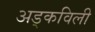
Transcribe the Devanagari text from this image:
अड्कविली